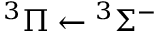
\ensuremath { { } ^ { 3 } \Pi } \leftarrow \ensuremath { { } ^ { 3 } \Sigma ^ { - } }